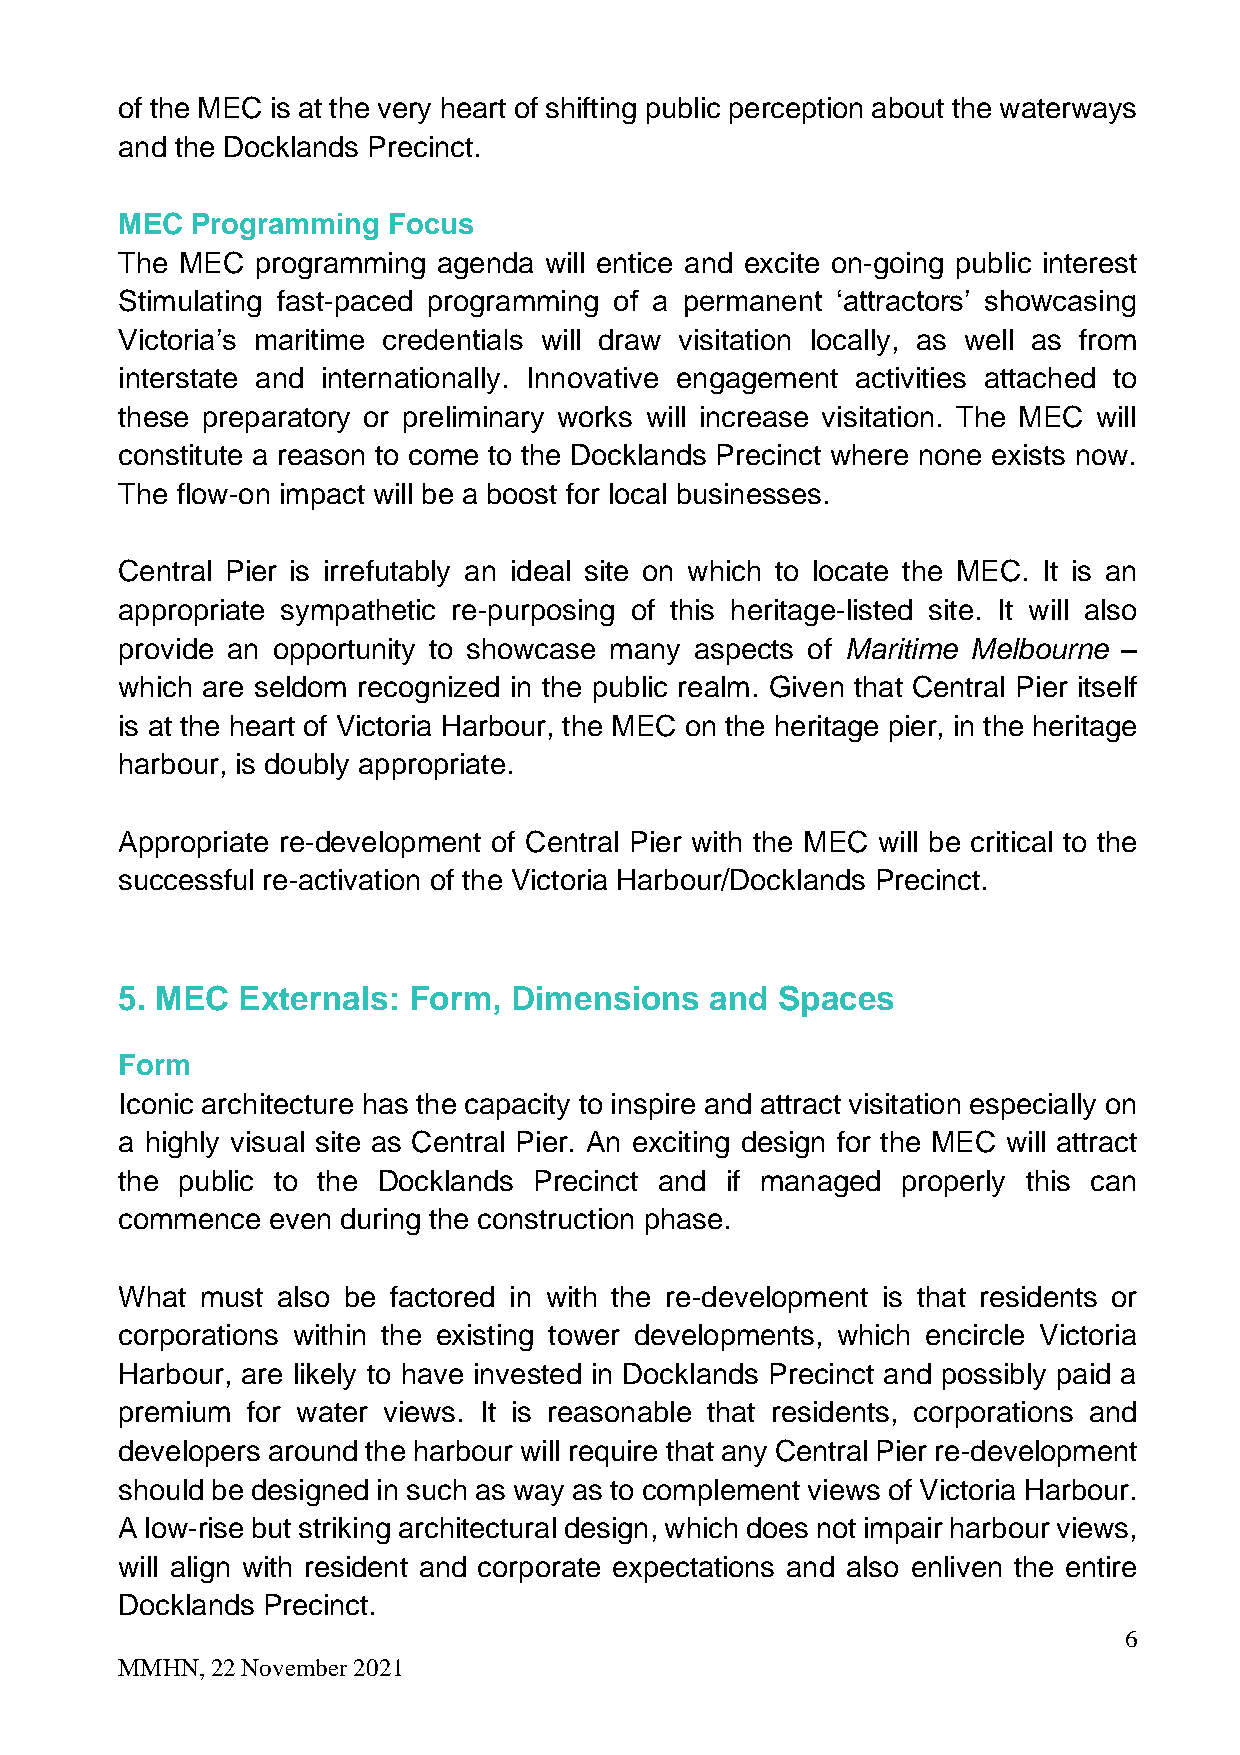
of the MEC is at the very heart of shifting public perception about the waterways
 and the Docklands Precinct.
 MEC  Programming  Focus
 The MEC  programming agenda will entice and excite on-going public interest
 Stimulating fast-paced programming of a permanent ‘attractors’ showcasing
 Victoria’s maritime credentials will draw visitation locally, as well as from
 interstate and internationally. Innovative engagement activities attached to
 these preparatory or preliminary works will increase visitation. The MEC will
 constitute a reason to come to the Docklands Precinct where none exists now.
 The flow-on impact will be a boost for local businesses.
 Central Pier is irrefutably an ideal site on which to locate the MEC. It is an
 appropriate sympathetic re-purposing of this heritage-listed site. It will also
 provide an opportunity to showcase many aspects of Maritime Melbourne –
 which are seldom recognized in the public realm. Given that Central Pier itself
 is at the heart of Victoria Harbour, the MEC on the heritage pier, in the heritage
 harbour, is doubly appropriate.
 Appropriate re-development of Central Pier with the MEC will be critical to the
 successful re-activation of the Victoria Harbour/Docklands Precinct.
 5. MEC  Externals: Form,  Dimensions   and Spaces
 Form
 Iconic architecture has the capacity to inspire and attract visitation especially on
 a highly visual site as Central Pier. An exciting design for the MEC will attract
 the public to the Docklands Precinct and if managed properly this can
 commence  even during the construction phase.
 What must also be factored in with the re-development is that residents or
 corporations within the existing tower developments, which encircle Victoria
 Harbour, are likely to have invested in Docklands Precinct and possibly paid a
 premium for water views. It is reasonable that residents, corporations and
 developers around the harbour will require that any Central Pier re-development
 should be designed in such as way as to complement views of Victoria Harbour.
 A low-rise but striking architectural design, which does not impair harbour views,
 will align with resident and corporate expectations and also enliven the entire
 Docklands Precinct.
 6
 MMHN, 22 November 2021